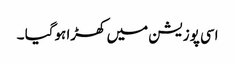
اسی پوزیشن میں کھڑا ہوگیا ۔